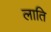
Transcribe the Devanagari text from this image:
लाति